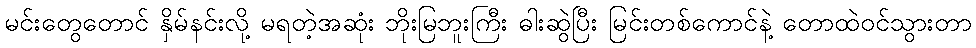
မင်းတွေတောင် နှိမ်နင်းလို့ မရတဲ့အဆုံး ဘိုးမြဘူးကြီး ဓါးဆွဲပြီး မြင်းတစ်ကောင်နဲ့ တောထဲဝင်သွားတာ